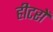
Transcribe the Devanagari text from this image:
हीटरों